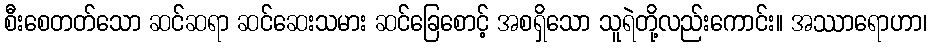
စီးစေတတ်သော ဆင်ဆရာ ဆင်ဆေးသမား ဆင်ခြေစောင့် အစရှိသော သူရဲတို့လည်းကောင်း။ အဿာရောဟာ၊